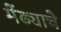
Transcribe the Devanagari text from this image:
मेंढ्याचे